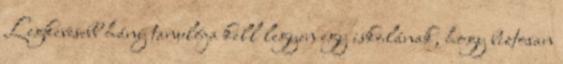
Legkevesebb hány tanulója kell legyen egy iskolának, hogy biztosan